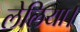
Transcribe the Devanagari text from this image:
लेलिया।